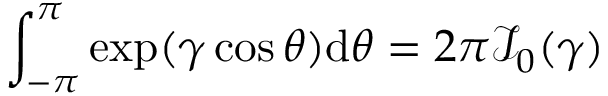
\int _ { - \pi } ^ { \pi } \exp ( \gamma \cos \theta ) \mathrm { d } \theta = 2 \pi \mathcal { I } _ { 0 } ( \gamma )